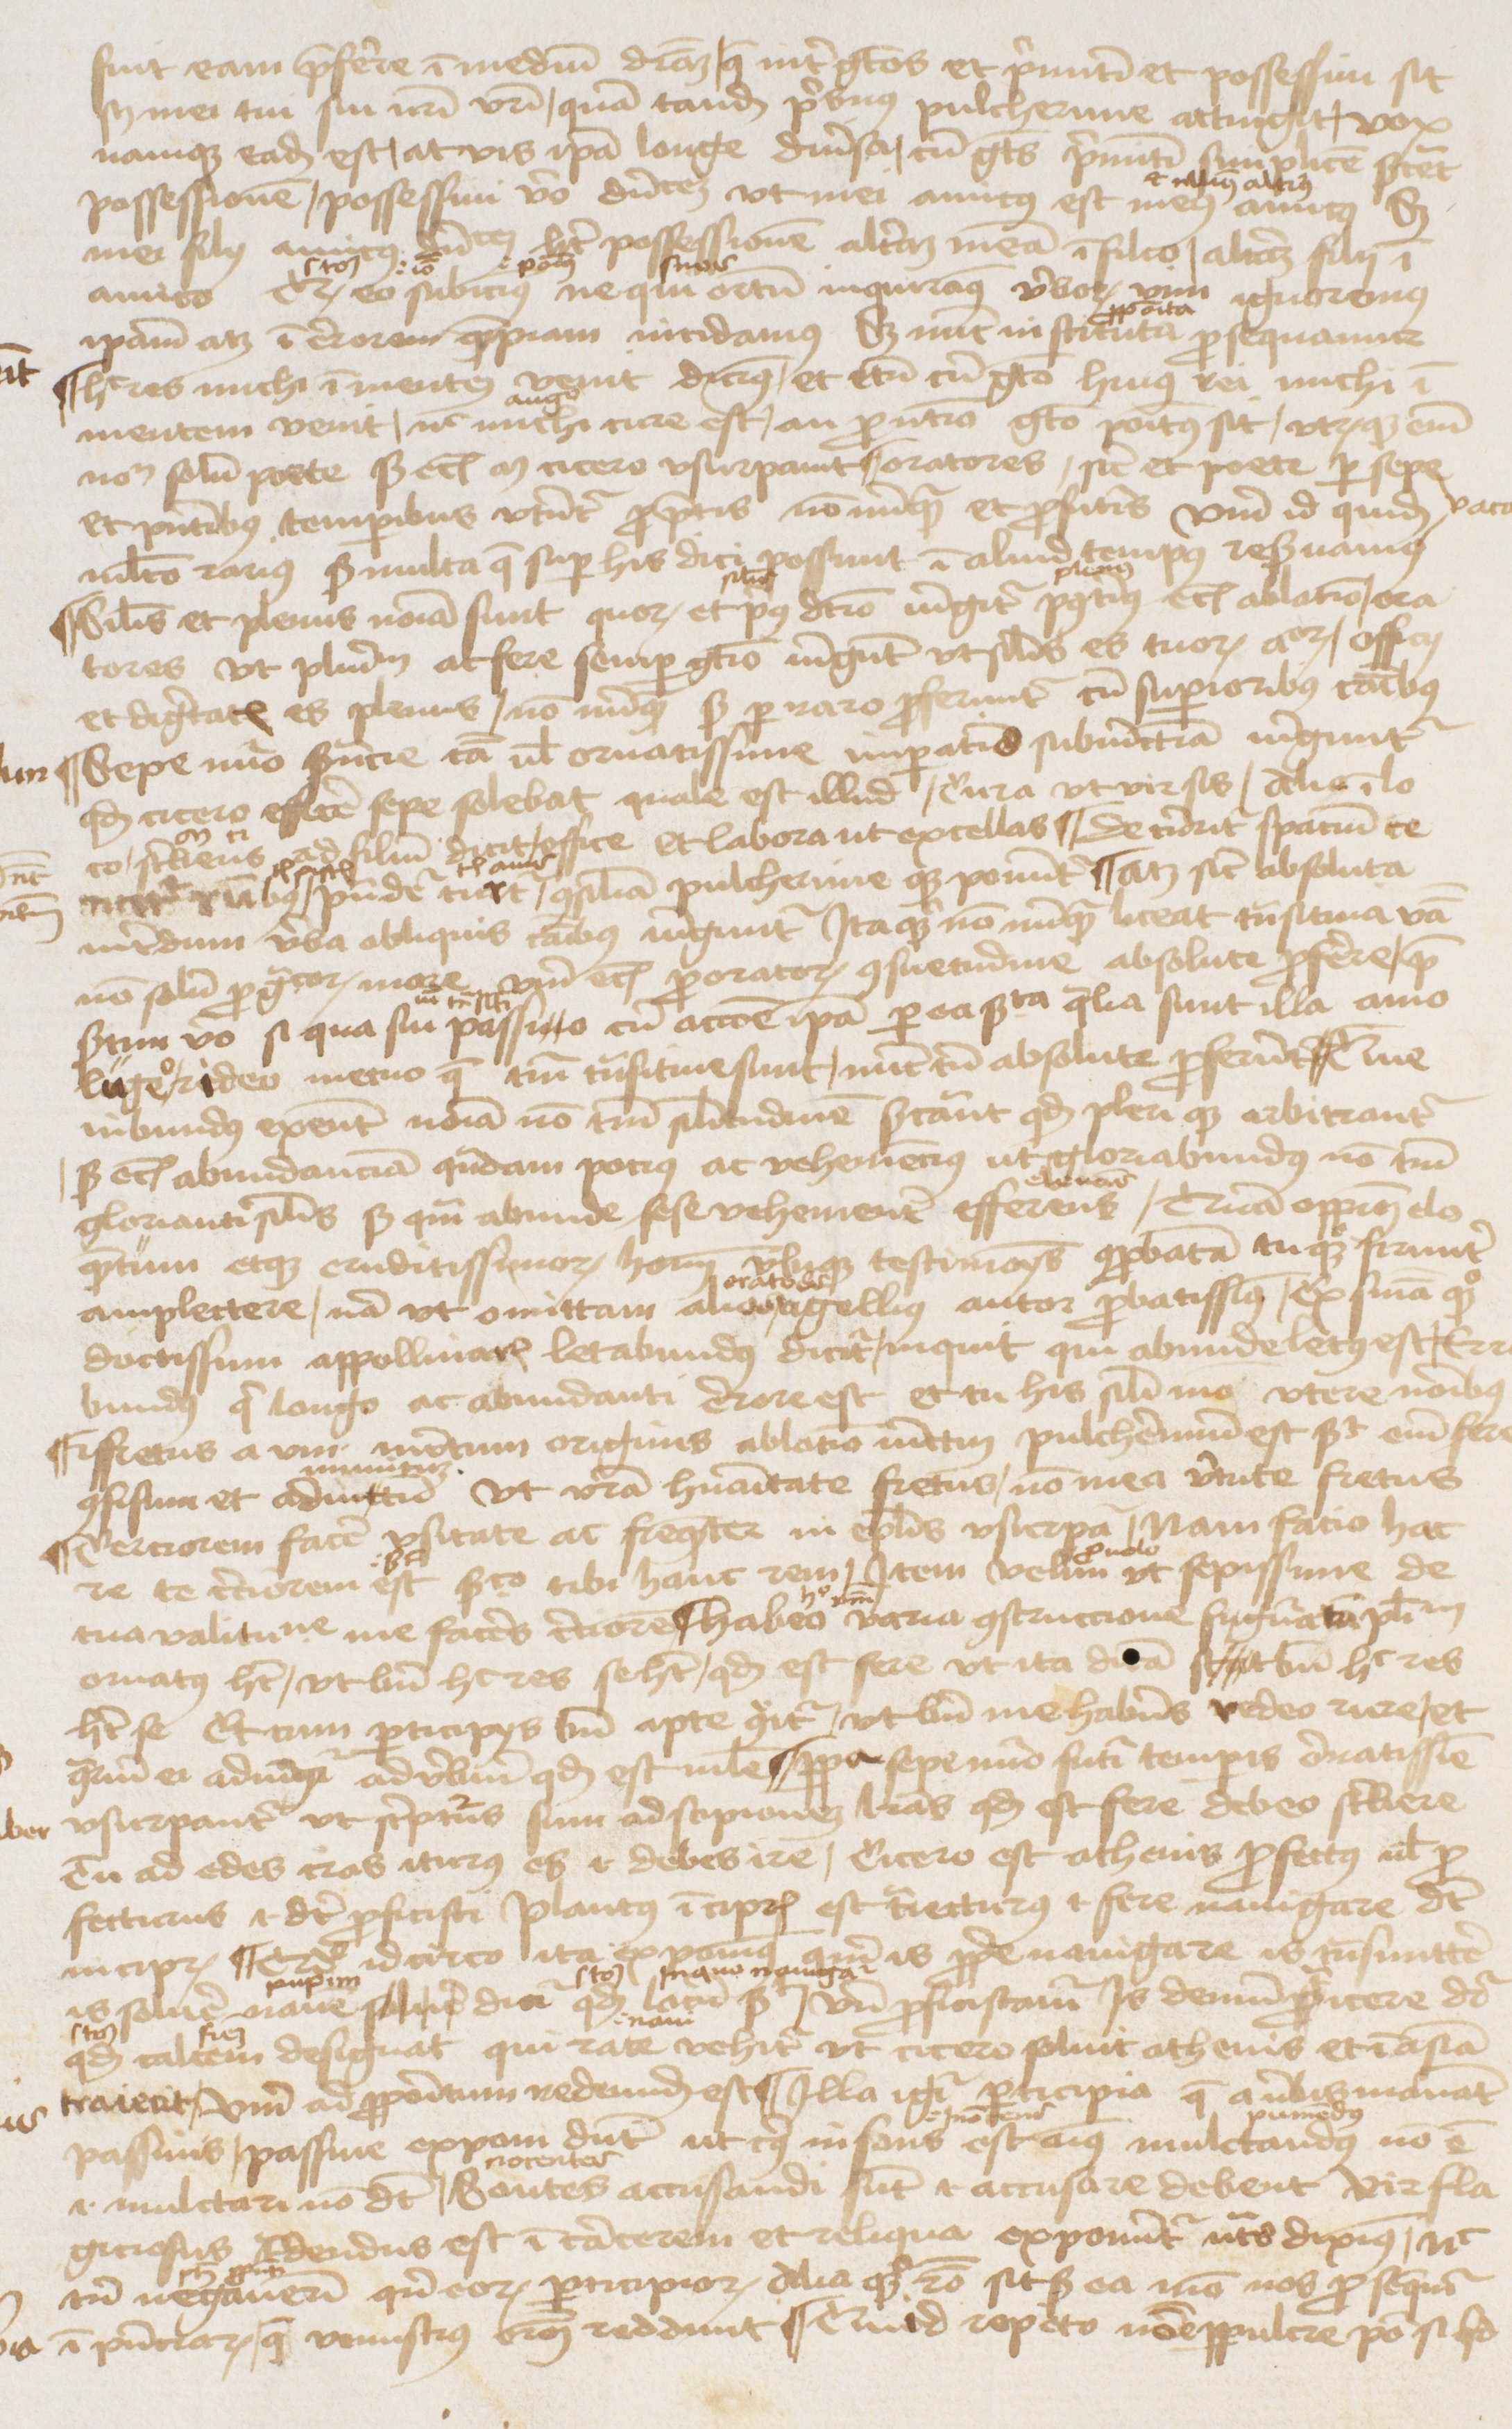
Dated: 1470–1472